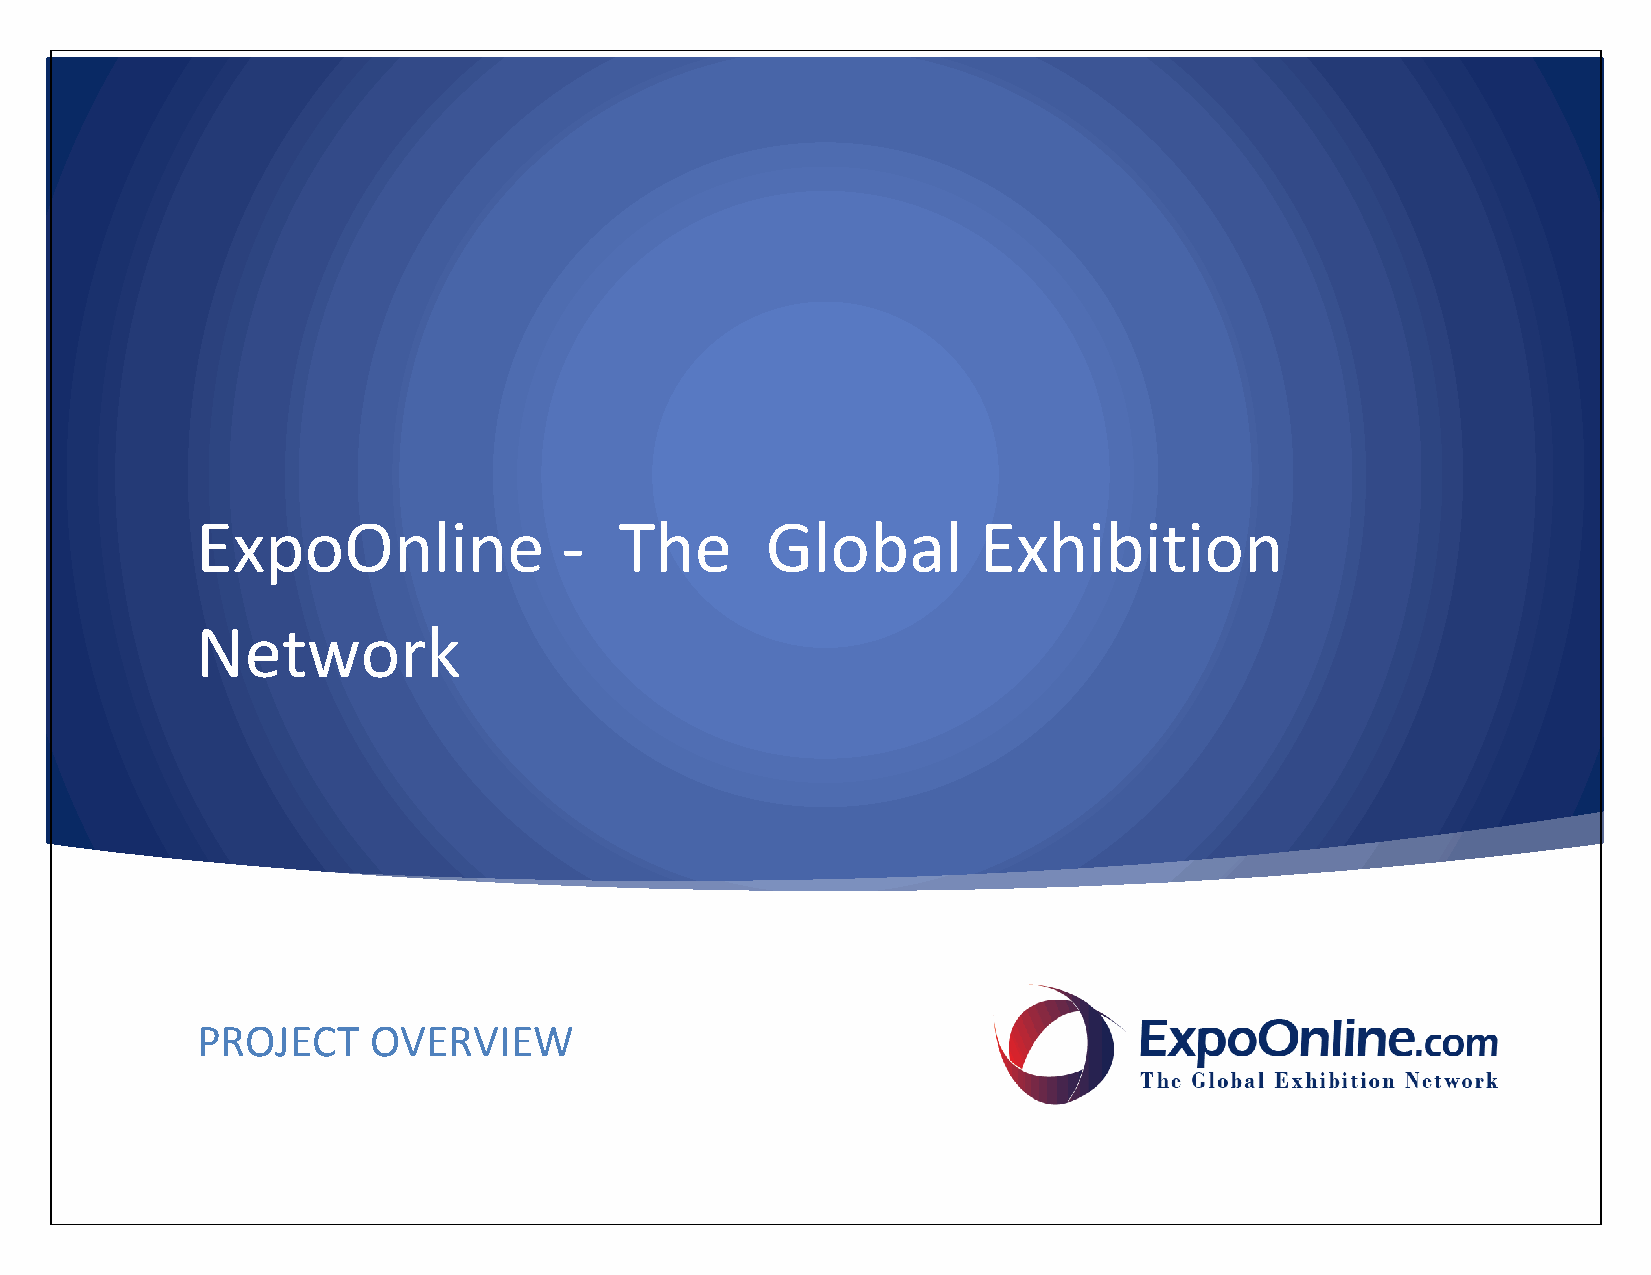
ExpoOnline              -   The       Global        Exhibition
 Network
 PROJECT    OVERVIEW